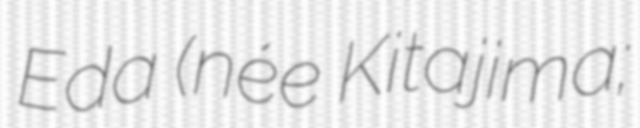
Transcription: Eda (née Kitajima;